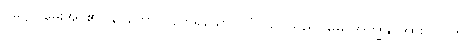
ပုဋ္ဌော၊ မေးအပ်၏။ နိပကော၊ ပညာရှိသော။ တွံ၊ သင်သည်။ မေ၊ အကျွန်ုပ်အား။ ဗြူဟိ၊